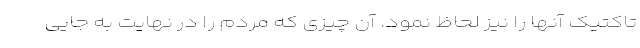
تاکتیک آنها را نیز لحاظ نمود. آن چیزی که مردم را در نهایت به جایی